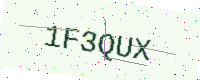
Text: 1F3QUX